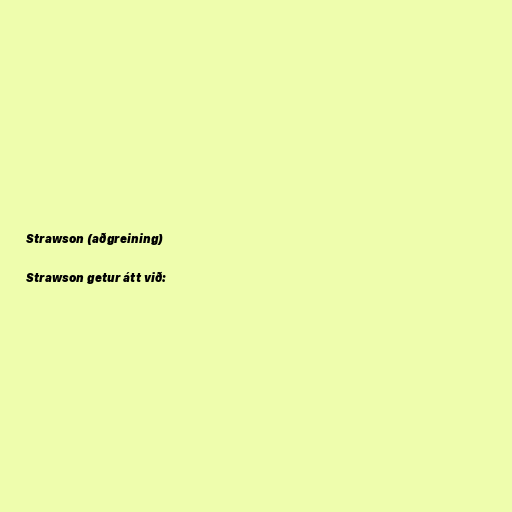
Strawson (aðgreining)

Strawson getur átt við: